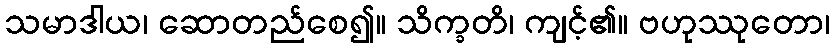
သမာဒါယ၊ ဆောတည်စေ၍။ သိက္ခတိ၊ ကျင့်၏။ ဗဟုဿုတော၊